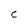
Character: C